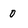
Character: 0